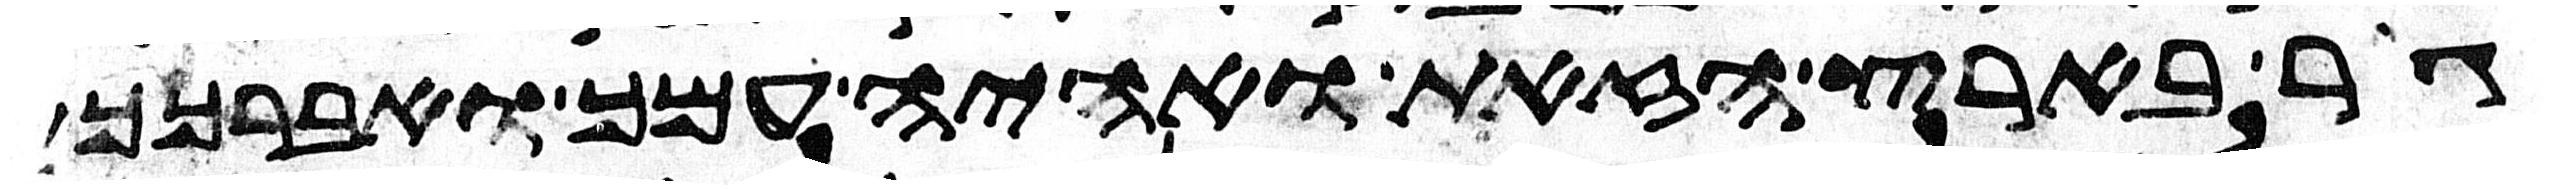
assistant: גר בארץ הזאת ואהיה עמך ואברכך